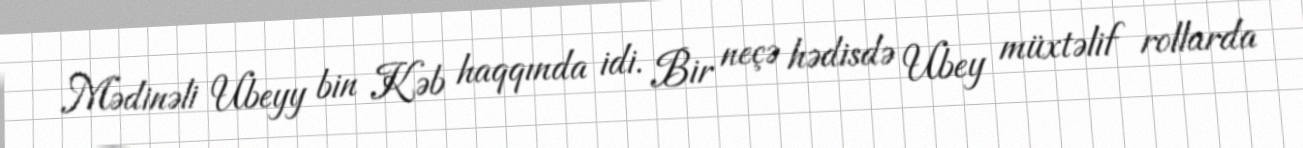
Mədinəli Ubeyy bin Kəb haqqında idi. Bir neçə hədisdə Ubey müxtəlif rollarda